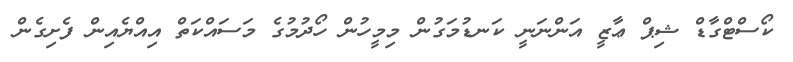
ކޯސްޓްގާޑް ޝިޕް ޢާޒީ އަންނަނީ ކަނޑުމަގުން މިމީހުން ހޯދުމުގެ މަސައްކަތް އިއްޔެއިން ފެށިގެން